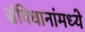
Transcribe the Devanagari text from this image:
संविधानांमध्ये